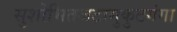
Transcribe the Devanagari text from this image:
सुशोभितजटामुकुटगंगा